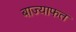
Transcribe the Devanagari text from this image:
बाज्याफत